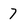
Character: 7